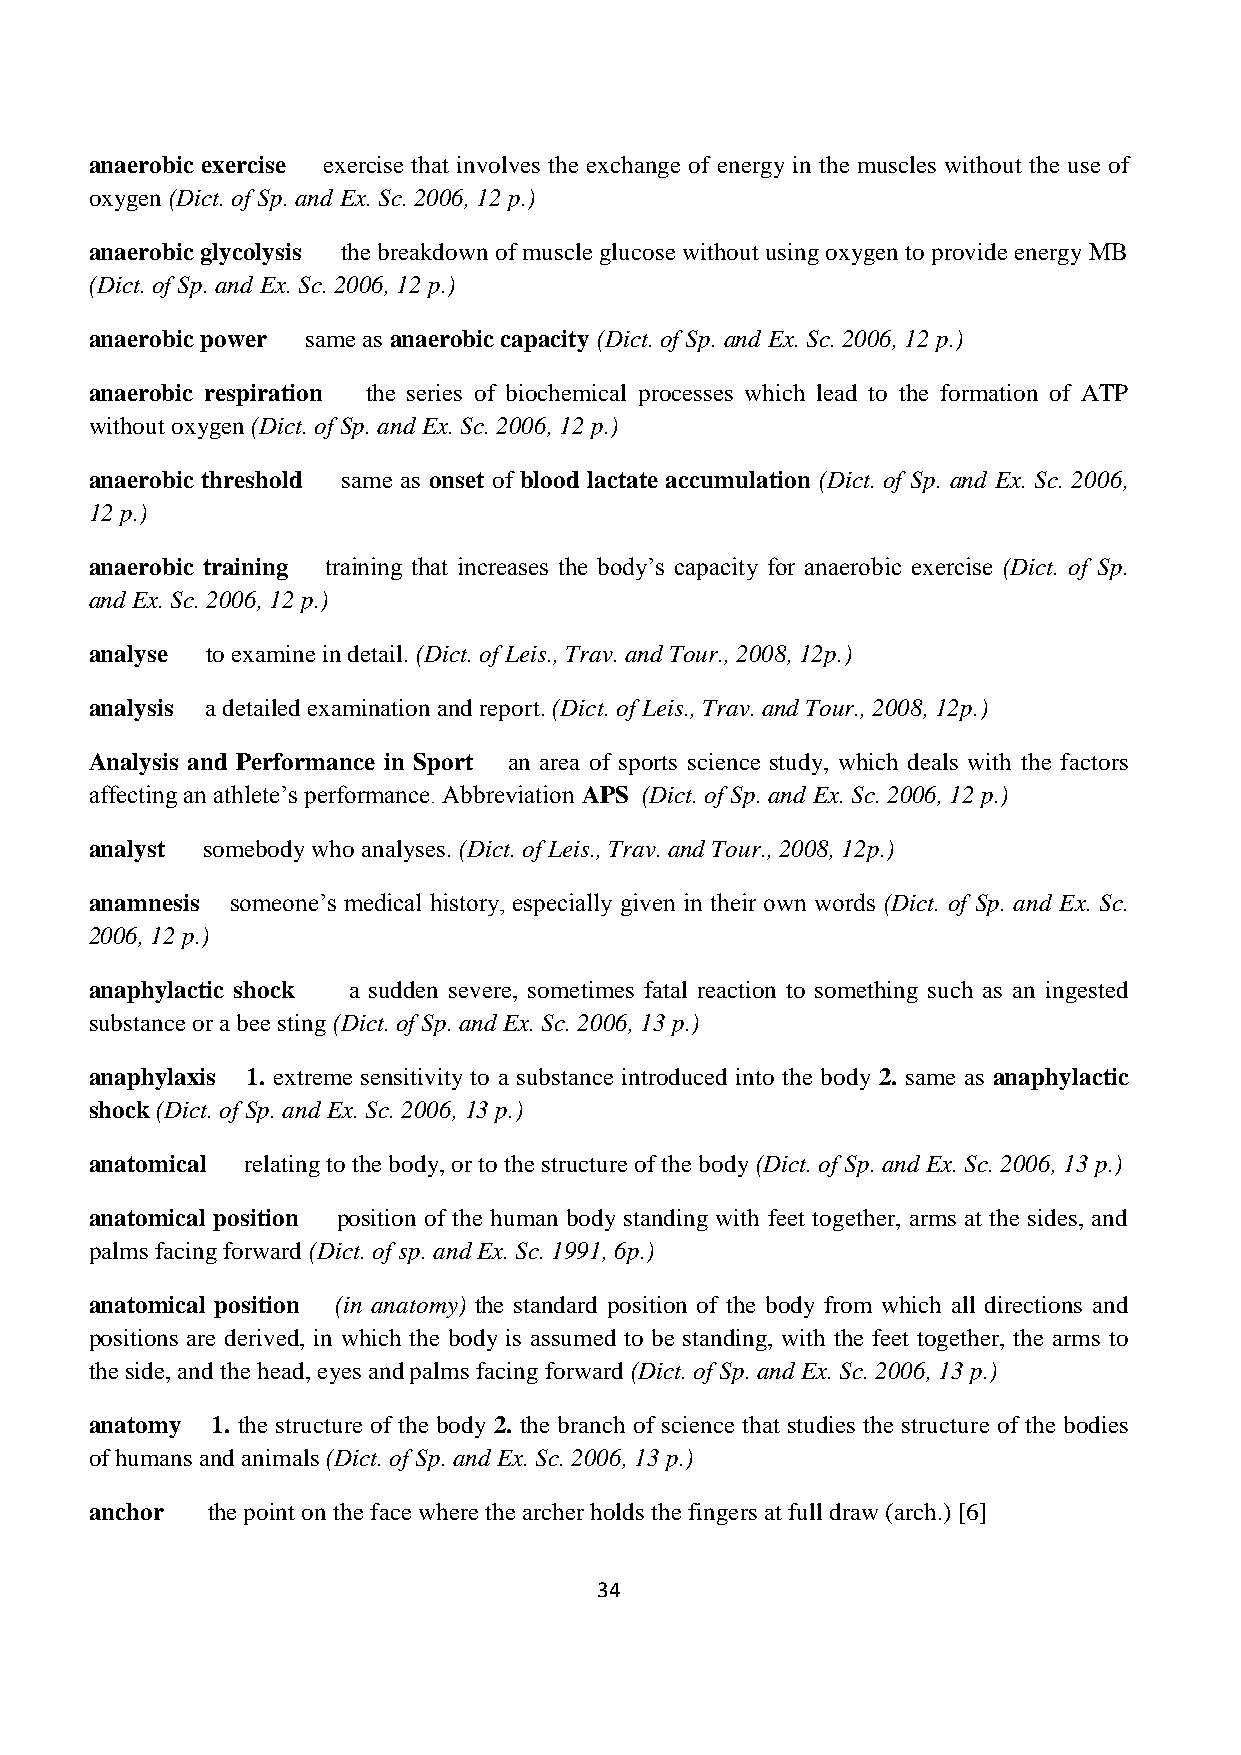
anaerobic exercise exercise that involves the exchange of energy in the muscles without the use of
 oxygen (Dict. of Sp. and Ex. Sc. 2006, 12 p.)
 anaerobic glycolysis the breakdown of muscle glucose without using oxygen to provide energy MB
 (Dict. of Sp. and Ex. Sc. 2006, 12 p.)
 anaerobic power same as anaerobic capacity (Dict. of Sp. and Ex. Sc. 2006, 12 p.)
 anaerobic respiration the series of biochemical processes which lead to the formation of ATP
 without oxygen (Dict. of Sp. and Ex. Sc. 2006, 12 p.)
 anaerobic threshold same as onset of blood lactate accumulation (Dict. of Sp. and Ex. Sc. 2006,
 12 p.)
 anaerobic training training that increases the body’s capacity for anaerobic exercise (Dict. of Sp.
 and Ex. Sc. 2006, 12 p.)
 analyse to examine in detail. (Dict. of Leis., Trav. and Tour., 2008, 12p.)
 analysis a detailed examination and report. (Dict. of Leis., Trav. and Tour., 2008, 12p.)
 Analysis and Performance in Sport an area of sports science study, which deals with the factors
 affecting an athlete’s performance. Abbreviation APS (Dict. of Sp. and Ex. Sc. 2006, 12 p.)
 analyst somebody who analyses. (Dict. of Leis., Trav. and Tour., 2008, 12p.)
 anamnesis someone’s medical history, especially given in their own words (Dict. of Sp. and Ex. Sc.
 2006, 12 p.)
 anaphylactic shock a sudden severe, sometimes fatal reaction to something such as an ingested
 substance or a bee sting (Dict. of Sp. and Ex. Sc. 2006, 13 p.)
 anaphylaxis 1. extreme sensitivity to a substance introduced into the body 2. same as anaphylactic
 shock (Dict. of Sp. and Ex. Sc. 2006, 13 p.)
 anatomical relating to the body, or to the structure of the body (Dict. of Sp. and Ex. Sc. 2006, 13 p.)
 anatomical position position of the human body standing with feet together, arms at the sides, and
 palms facing forward (Dict. of sp. and Ex. Sc. 1991, 6p.)
 anatomical position (in anatomy) the standard position of the body from which all directions and
 positions are derived, in which the body is assumed to be standing, with the feet together, the arms to
 the side, and the head, eyes and palms facing forward (Dict. of Sp. and Ex. Sc. 2006, 13 p.)
 anatomy 1. the structure of the body 2. the branch of science that studies the structure of the bodies
 of humans and animals (Dict. of Sp. and Ex. Sc. 2006, 13 p.)
 anchor  the point on the face where the archer holds the fingers at full draw (arch.) [6]
 34